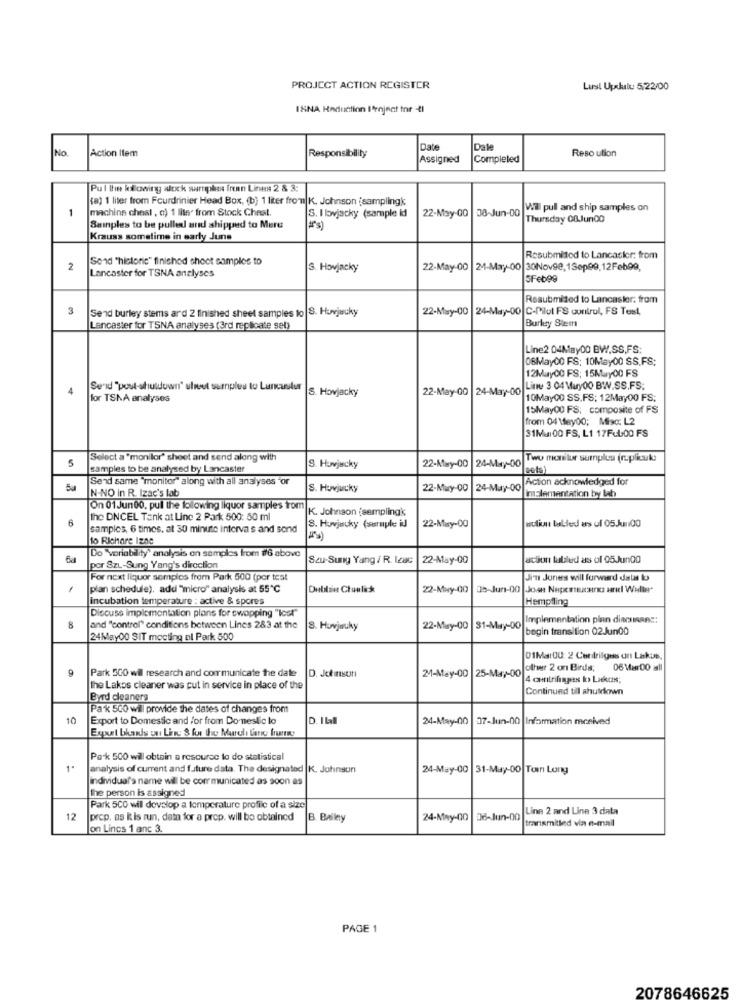
PROJECT ACTION REGISTER
Lust Updulu 5/22/00
ISNA Haduction Irnjnat for -4l
No.
Action Item
Date
Dale
Reso ution
Responsibility
Assigned
Completed
Pul the killowing slock surnaples frean Lines 2 8 3:
(a) 1 liter from Fourdrinier Head Box, (b) 1 liter from K. Johnson samplingk;
1
machina chest , c) 1 liter from Stock Cheal.
22-May-00
08-Jun-00
Wil pull and ship samples on
S. I lovjacky (sample id
Thursday 08 Jun00
Samples to be pulled and shipped to Mere
I's)
Krauss sometime in early June
Send "historic" finished shoot samples to
Resubmitod to Lancaster: from
2
S. Hovjacky
22-May-00
24-May-00 30Nov9e,1Sep99,12Feb99,
Lancaster for TSNA analyses
5Feb99
Resubmited to Lancaster: from
3
Send burley stems ard 2 finished sheet samples to S. Huvjwuky
22-May-00 |24-May-00 C-Pilul FS control, FS Test,
Burlesy Stem
Lancaster for TSNA analyses (3rd replicate sel)
Line2 04May00 BW,SS,FS:
08May00 FS; 10May00 SS,FS;
12Muy00 FS: 15May00 FS
4
Serid "post-shutdown" sheet surplus to Luncalu |S. Hovjacky
22-May-00 |24-May-00
Line 3 04 Muy00 BW.SS.FS;
for TSNA analyses
10May00 SS.FS; 12May00 FS;
15May00 FS: composite of FS
from 04 May00; Misc: L2
31Mai00 FS, L1 17Ful00 FS
5
Select a "monitor" sheet and send along with
22-May-00 |24-May-00
Two mensilur surplus (r.plkuk
samples to be analysed by Lancaster
S. Hovjacky
Send same "monitor" along with all analyses "or
Action acknowledged for
50
S. Huvjucky
22-May-00 |24-May-00
implementation by lab
N-NO in R. Izac's lab
On 01Jun00, pull the following liquor samples from
K. Johnson (sampling's
6
the DNCEL Tank at Line 2 Park 500: 50 ml
action tables as of 05.00
samples, 6 times, at 30 minute interva s and sond
8. Howjauky (seruples id
22-May-00
to Richare I200
Do "veriability' analysis on samples from #6 above
6al
Seu-Suny Yang / R. Icac
22-May-00
action labled as of 05Jun00
por Szu-Sung Yang's direction
For next liquor semples from Park 500 (por test
Ji'n Juries will forward datas to
plan schedule), add "micro" analysis at 55℃
Dublant Ctonlick
22-May-00
05-Jun-00 |Joan Nepernuceria ariel Willer"
incubation temperature : active & spores
Hempfling
Discuss implementation plans for swapping "Icet"
Implementation plan dincuisans:
8
and "control" conditions between Lines 283 at the
8. Howjwuky
22-May-00
31-May-00
begin transition 02Jun00
24May00 SIT mocting al Park 500
01MarOU: 2 Centrilguss on Lakus,
Park 500 wil research and communicate the date
D. Jet istti
other 2 on Birds;
06 Mar00 all
24-May-00
25-May-00
4 centrifugess k> Lakos;
the Lakos cleaner was put in service in place of the
Continued til shutdown
Byrd cleaners
Pak 500 wil provide the dates of changes from
10
Export to Domestic and /or from Domestic lo
D. ILal
24-May-00
07-Jun-00 Information menived
Pak 500 will obtain a resource to do statistical
1.
analysis of current and future data. The designated |K. Johnson
24-May-00 |31-May-00 Tonn Long
individual's name wil be communicated as soon as
The person is assigned
Park 5CO will develop a temperature profile of a size
Line 2 and Line 3 data
12
prop. as i is run, data for a prop. will be obtained
B. Bailey
24-May-00
08-Jun-00
transmitled via e-mail
on Lines 1 anc 3.
PAGE 1
2078646625